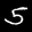
Label: 5